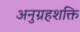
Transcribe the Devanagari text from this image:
अनुग्रहशक्ति